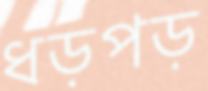
ধড়পড়